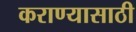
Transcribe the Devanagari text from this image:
कराण्यासाठी